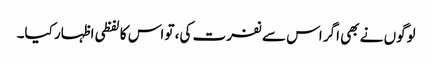
لوگوں نے بھی اگر اس سے نفرت کی، تو اس کا لفظی اظہار کیا۔